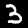
Digit: 3